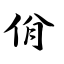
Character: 佾